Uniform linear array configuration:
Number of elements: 8
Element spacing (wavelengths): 0.5
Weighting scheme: kaiser
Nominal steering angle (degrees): -30
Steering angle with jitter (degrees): -31.749
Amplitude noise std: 0.05
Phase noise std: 0.05

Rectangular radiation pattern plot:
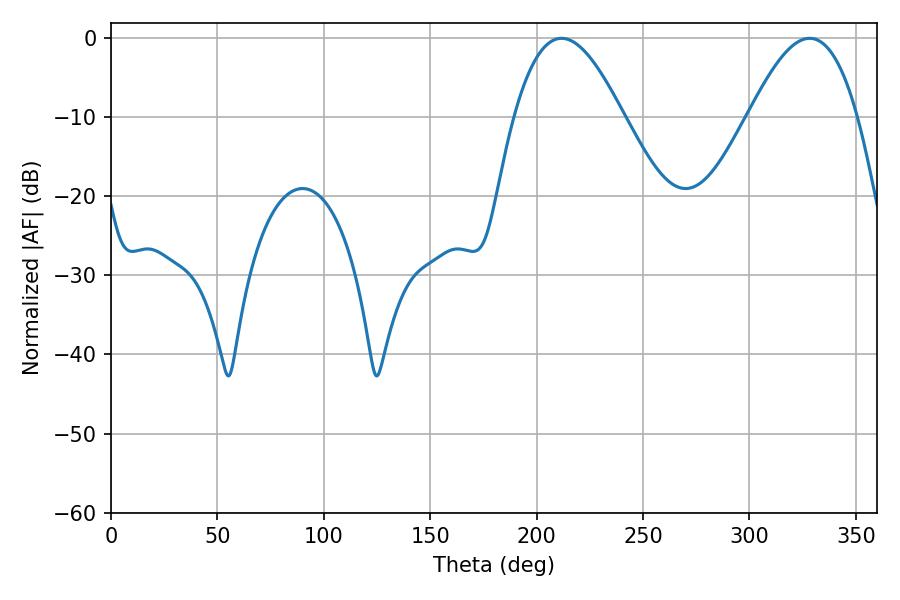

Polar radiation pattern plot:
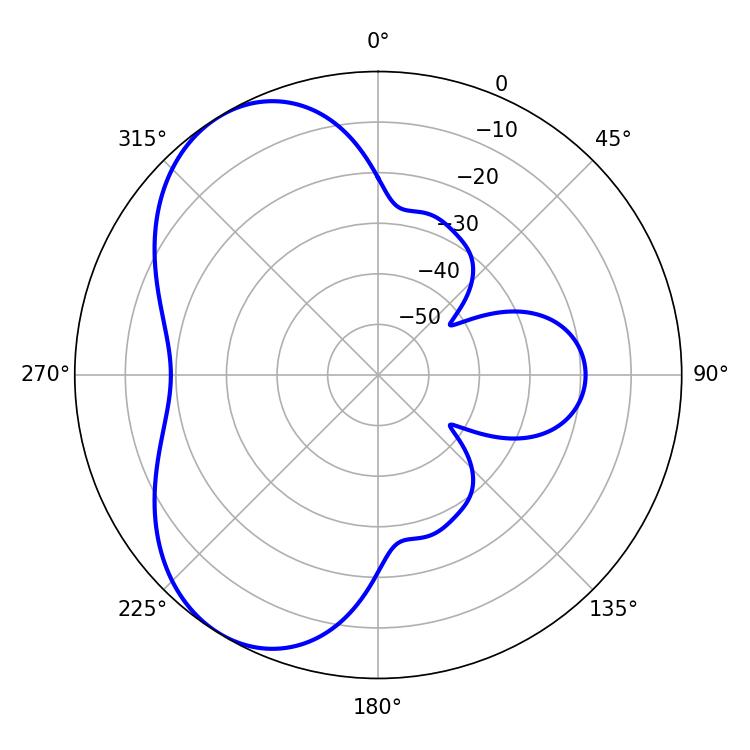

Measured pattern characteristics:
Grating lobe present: FALSE
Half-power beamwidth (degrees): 27.72
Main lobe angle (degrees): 211.68